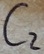
Text: C2